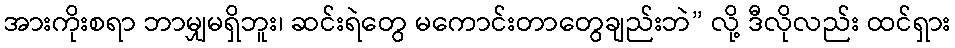
အားကိုးစရာ ဘာမျှမရှိဘူး၊ ဆင်းရဲတွေ မကောင်းတာတွေချည်းဘဲ” လို့ ဒီလိုလည်း ထင်ရှား